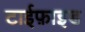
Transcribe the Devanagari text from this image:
टाईफ़ाइड